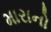
મારાનો